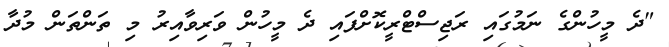
"ދެ މީހުންގެ ނަމުގައި ރަޖިސްޓްރީކޮށްފައި ދެ މީހުން ވަރިވާއިރު މި ތަންތަން މުދާ